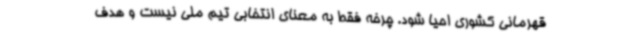
قهرمانی کشوری احیا شود. چرخه فقط به معنای انتخابی تیم ملی نیست و هدف